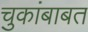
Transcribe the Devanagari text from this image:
चुकांबाबत